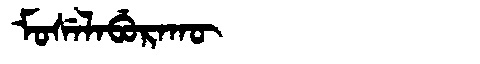
Manchu: ᠮᠣᠰᡝᠯᠠᠪᡠᡵᠠᡴᡡ
Romanization: MOSELABURAKŪ